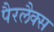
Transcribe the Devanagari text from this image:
पैरलैक्स